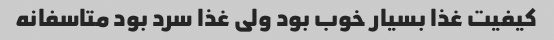
کیفیت غذا بسیار خوب بود ولی غذا سرد بود متاسفانه